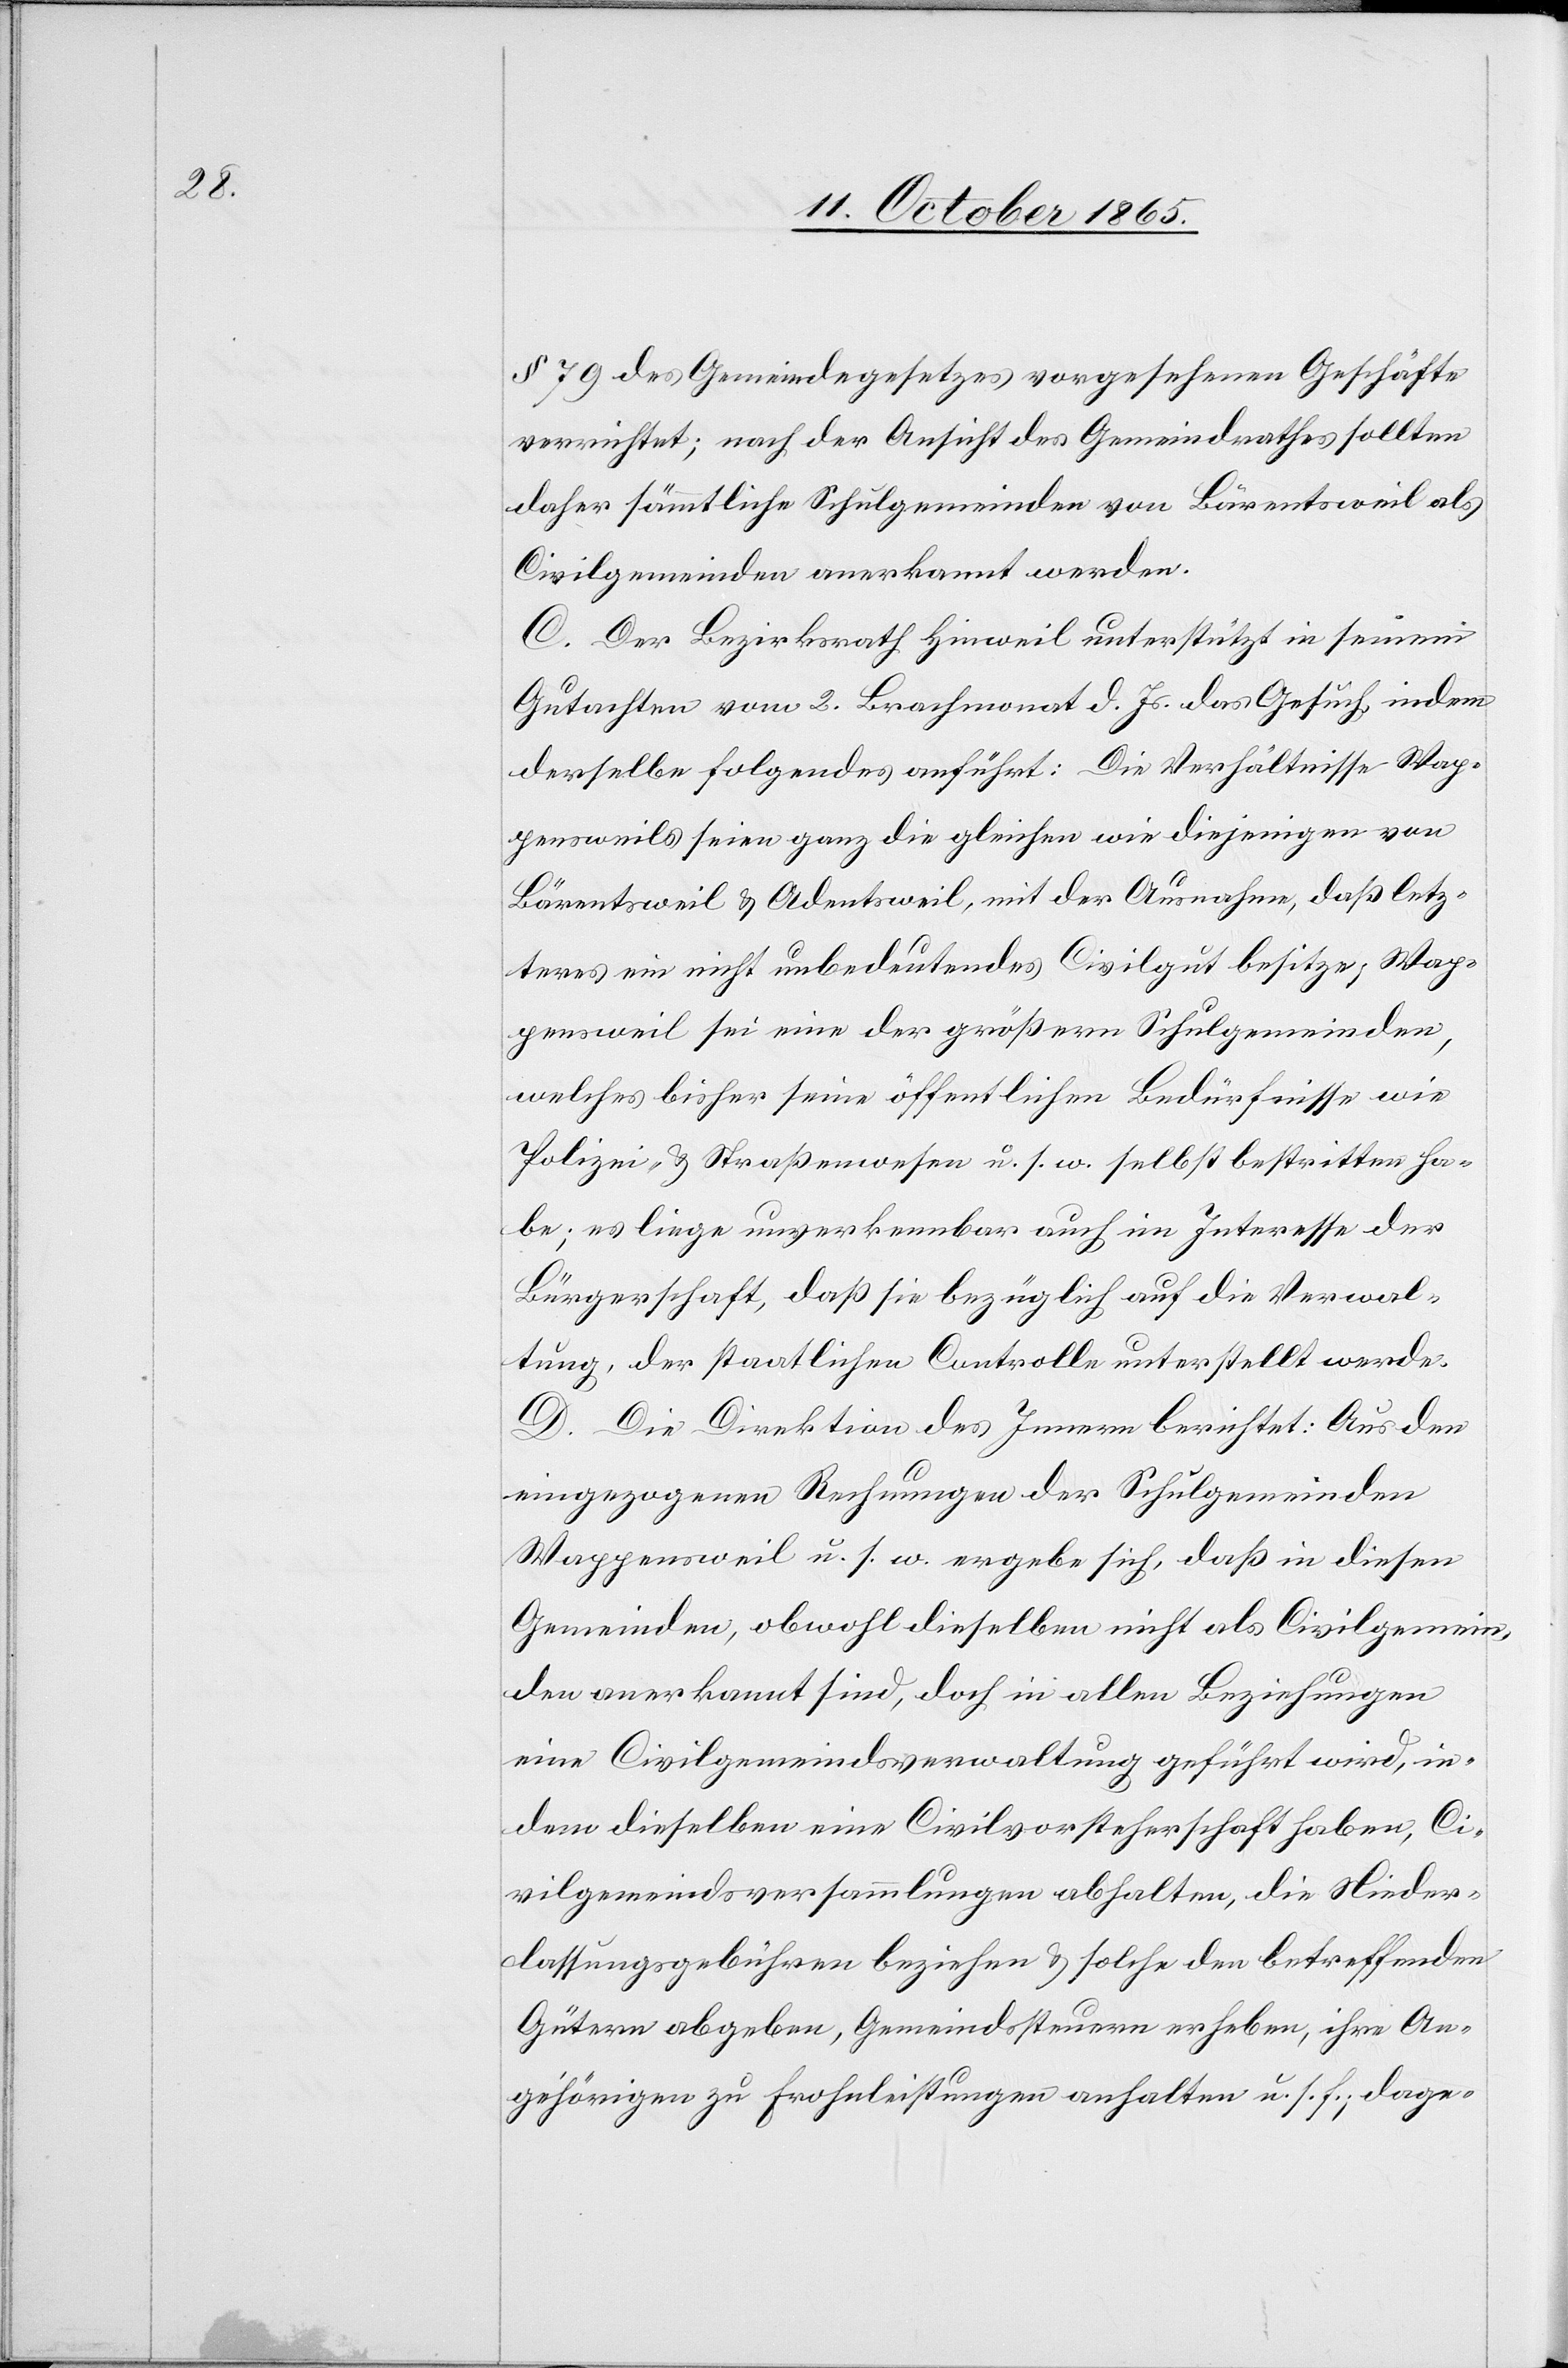
§ 79 des Gemeindegesetzes vorgesehenen Geschäfte
verrichtet; nach der Ansicht des Gemeindrathes sollten
daher sämmtliche Schulgemeinden von Bärentsweil als
Civilgemeinden anerkannt werden.
C. Der Bezirksrath Hinweil unterstützt in seinem
Gutachten vom 2. Brachmonat d. Js. das Gesuch, indem
derselbe folgendes anführt: Die Verhältnisse Wap¬
pensweils seien ganz die gleichen wie diejenigen von
Bärentsweil & Adentsweil, mit der Ausnahme, daß letz¬
teres ein nicht unbedeutendes Civilgut besitze, Wap¬
pensweil sei eine der größeren Schulgemeinden,
welches bisher seine öffentlichen Bedürfnisse wie
Polizei- & Straßenwesen u. s. w. selbst bestritten ha¬
be; es liege unverkennbar auch im Interesse der
Bürgerschaft, daß sie bezüglich auf die Verwal¬
tung, der staatlichen Controlle unterstellt werde.
D. Die Direktion des Innern berichtet: Aus den
eingegangenen Rechnungen der Schulgemeinden
Wappensweil u. s. w. ergebe sich, daß in diesen
Gemeinden, obwohl dieselben nicht als Civilgemein¬
den anerkannt sind, doch in allen Beziehungen
eine Civilgemeindsverwaltung geführt wird, in¬
dem dieselben eine Civilvorsteherschaft haben, Ci¬
vilgemeindsversammlungen abhalten, die Nieder¬
lassungsgebühren beziehen & solche den betreffenden
Gütern abgeben, Gemeindssteuern erheben, ihre An¬
gehörigen zu Frohnleistungen anhalten u. s. f., dage-